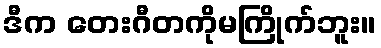
ဒီက တေးဂီတကိုမကြိုက်ဘူး။